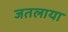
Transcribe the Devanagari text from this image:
जतलाया